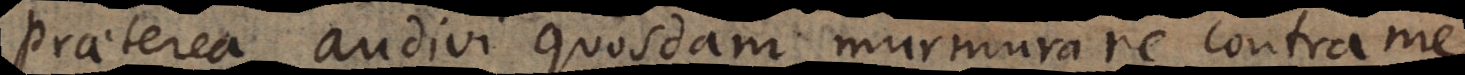
Praeterea audivi quosdam murmurare contra me,